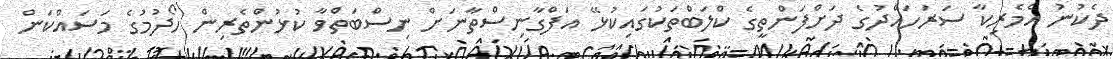
ދެކުނު އެމެރިކާ ސަރަހައްދުގެ ދަށްފަންތީގެ ކްލަބްތަކުގައިކުޅޭ އަފްގާނިސްތާނަށް ނިސްބަތްވާ ކުޅުންތެރިން ހޯދުމުގެ މަސައްކަން